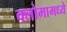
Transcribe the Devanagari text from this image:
क्लोमामध्ये